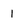
Character: 1